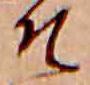
そ